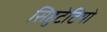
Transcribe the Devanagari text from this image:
सिहुटेटियो